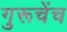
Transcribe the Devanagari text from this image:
गुरूचेंच